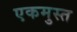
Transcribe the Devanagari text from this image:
एकमुस्त